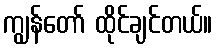
ကျွန်တော် ထိုင်ချင်တယ်။